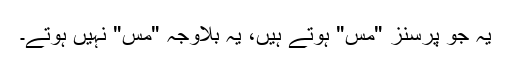
یہ جو پرسنز ِ"مس" ہوتے ہیں، یہ بلاوجہ "مس" نہیں ہوتے۔